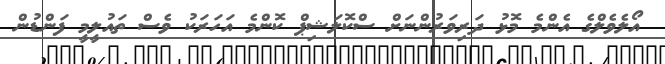
އޯލެވެލްގެ އެންމެ މޮޅު ދަރިވަރުންނަށް ސްކޮލަޝިޕް ކޮންމެ އަހަރަކު ވެސް ތައުލީމީ ފަންޑުން